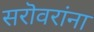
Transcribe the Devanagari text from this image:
सरॊवरांना